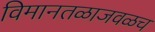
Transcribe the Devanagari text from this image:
विमानतळाजवळच